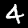
Digit: 4